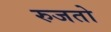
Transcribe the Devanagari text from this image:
रुजतो